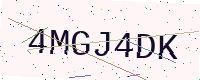
Text: 4MGJ4DK